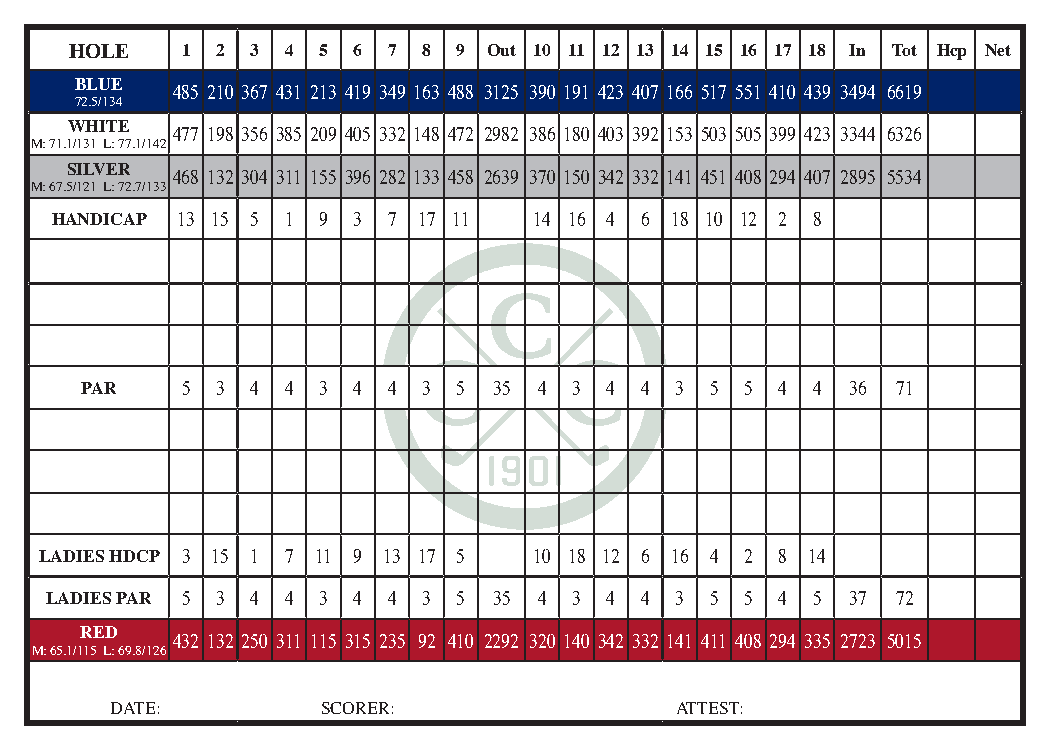
HOLE   1 2  3 4 5 6  7 8 9 Out 10 11 12 13 14 15 16 17 18 In Tot Hcp Net
 BLUE
 485 210 367 431 213 419 349 163 488 3125 390 191 423 407 166 517 551 410 439 3494 6619
 72.5/134
 WHITE
 477 198 356 385 209 405 332 148 472 2982 386 180 403 392 153 503 505 399 423 3344 6326
 M: 71.1/131 L: 77.1/142
 SILVER
 468 132 304 311 155 396 282 133 458 2639 370 150 342 332 141 451 408 294 407 2895 5534
 M: 67.5/121 L: 72.7/133
 HANDICAP 13 15 5 1 9 3 7 17 11  14 16 4 6 18 10 12 2 8
 PAR    5 3  4 4 3 4  4 3 5  35 4 3 4 4  3 5 5  4 4 36 71
 LADIES HDCP 3 15 1 7 11 9 13 17 5 10 18 12 6 16 4 2 8 14
 LADIES PAR 5 3 4 4 3 4 4 3 5  35 4 3 4 4  3 5 5  4 5 37 72
 RED
 432 132 250 311 115 315 235 92 410 2292 320 140 342 332 141 411 408 294 335 2723 5015
 M: 65.1/115 L: 69.8/126
 DATE:         SCORER:                 ATTEST: